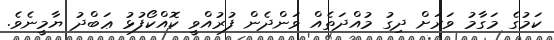
ކަމުގެ މަގާމު ވަރަށް ދިގު މުއްދަތެއް ވަންދެން ފުރުއްވީ ކޮއްކޯފުޅު ޢަބްދު ޔާމީނެވެ.